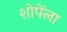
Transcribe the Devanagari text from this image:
शोपेंला